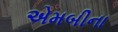
એમબીના